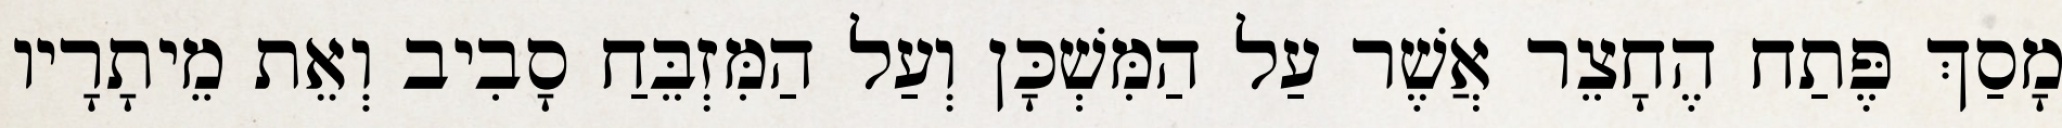
מָסַךְ פֶּתַח הֶחָצֵר אֲשֶׁר עַל הַמִּשְׁכָּן וְעַל הַמִּזְבֵּחַ סָבִיב וְאֵת מֵיתָרָיו